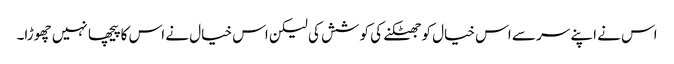
اس نے اپنے سر سے اس خیال کو جھٹکنے کی کوشش کی لیکن اس خیال نے اس کا پیچھا نہیں چھوڑا۔